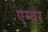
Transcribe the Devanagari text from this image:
एम्थर